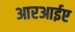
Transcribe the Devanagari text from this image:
आरआईए